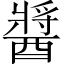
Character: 醬